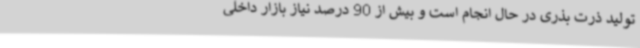
تولید ذرت بذری در حال انجام است و بیش از 90 درصد نیاز بازار داخلی